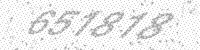
Solution: 657878